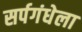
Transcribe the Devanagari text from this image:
सर्पगंधेला